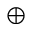
\oplus